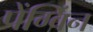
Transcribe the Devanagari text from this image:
पेंग्विंन